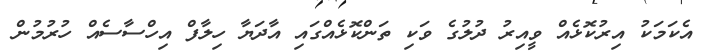
އެކަމަކު އިރުކޮޅެއް ވީއިރު ދުލުގެ ވަކި ތަންކޮޅެއްގައި އާދަޔާ ހިލާފް އިހްސާސެއް ހުރުމުން